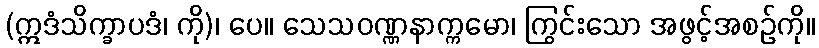
(ဣဒံသိက္ခာပဒံ၊ ကို)၊ ပေ။ သေသဝဏ္ဏနာက္ကမော၊ ကြွင်းသော အဖွင့်အစဉ်ကို။